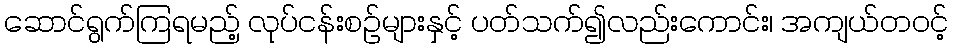
ဆောင်ရွက်ကြရမည့် လုပ်ငန်းစဉ်များနှင့် ပတ်သက်၍လည်းကောင်း၊ အကျယ်တဝင့်